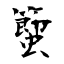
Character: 蠞